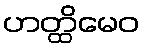
ဟတ္ထိမေဝ